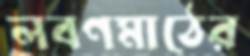
লবণমাঠের